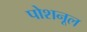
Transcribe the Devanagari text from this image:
पोशनूल